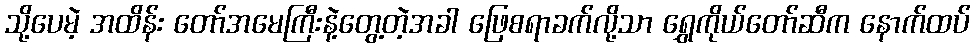
သို့ပေမဲ့ အထိန်း တော်အမေကြီးနဲ့တွေ့တဲ့အခါ ဖြေစရာခက်လို့သာ ရွှေကိုယ်တော်ဆီက နောက်ထပ်